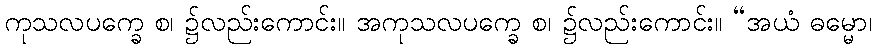
ကုသလပက္ခေ စ၊ ၌လည်းကောင်း။ အကုသလပက္ခေ စ၊ ၌လည်းကောင်း။ “အယံ ဓမ္မော၊